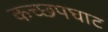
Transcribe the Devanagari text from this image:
कच्छपघाट